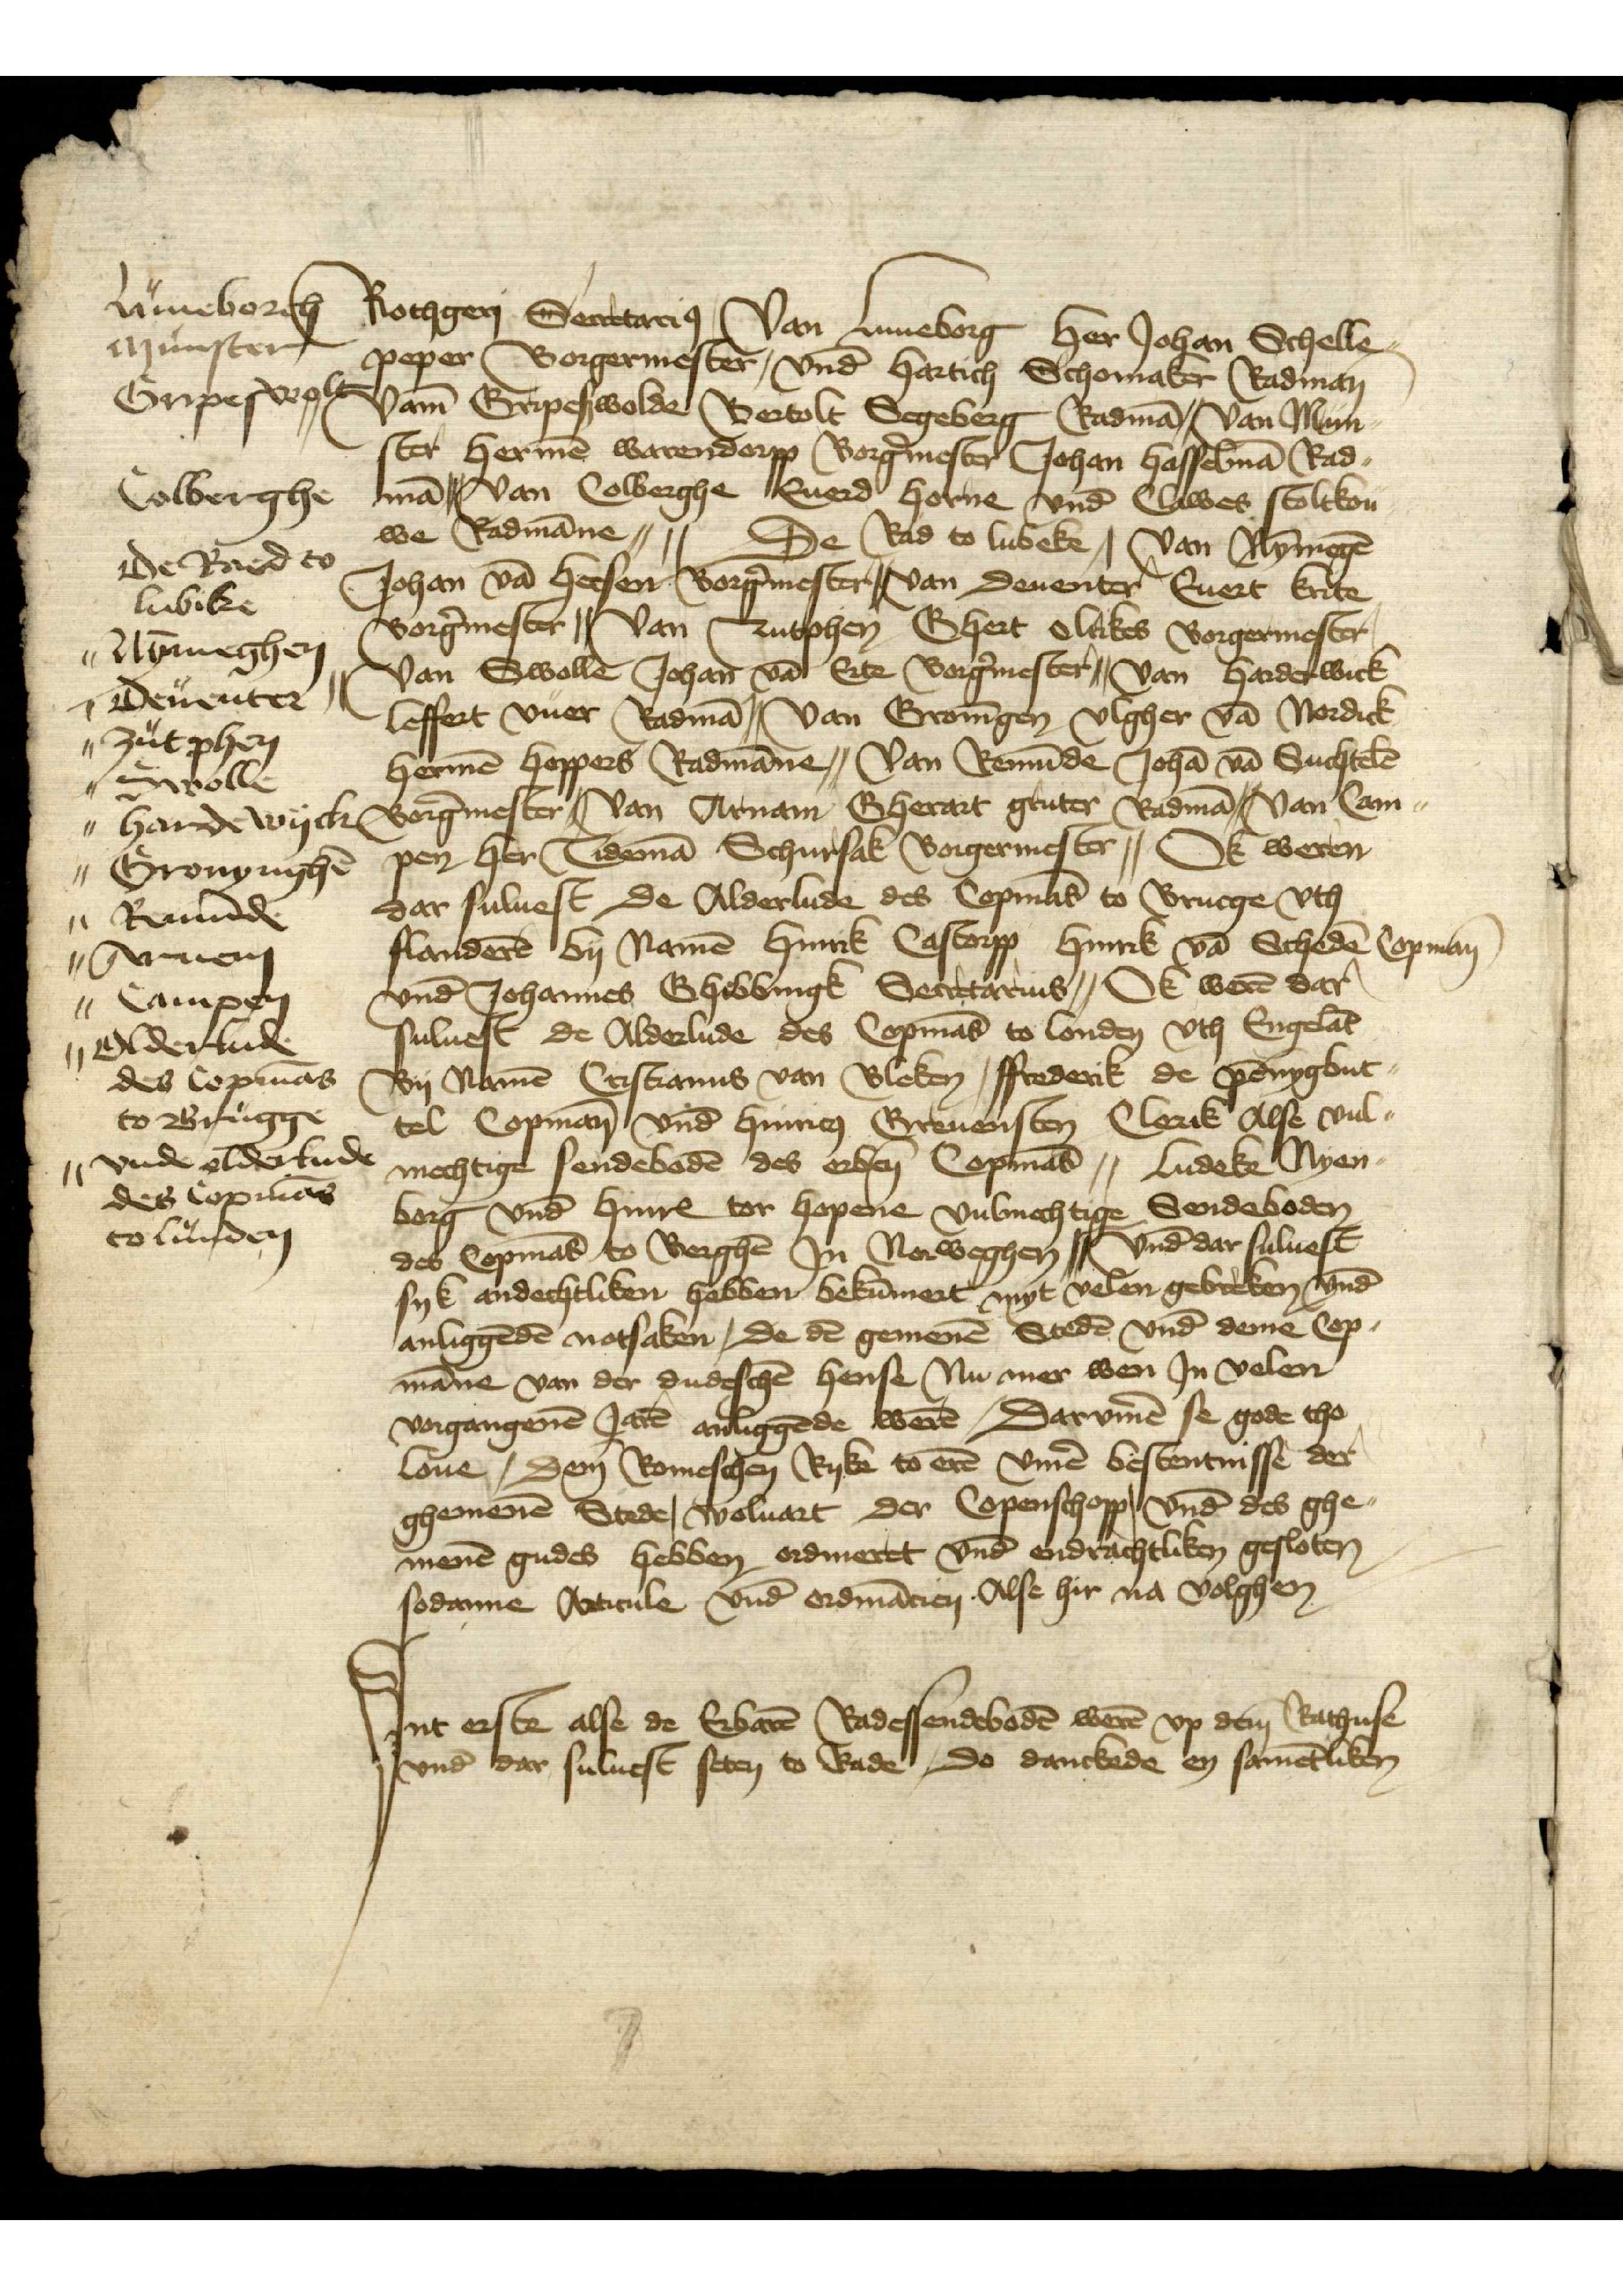
Luneborch
Munster
Gripeswolt
Colberghe
De Raed to
Lubeke
Nȳmeghen
Deuenter
Zutphen
Swolle
Hardewyck
Gronynghē
Remūde
Arnem
Campen
Olderlude
des Copmās
to Brugge
vnde olderlude
des Comās
to Lunden

Rothgerj Secretario̧, Van Luneborg her Johan Schelle¬
peper Borgermester, vnd̄ Hartich Schomaker Radman
Vam̄ Gripeszwolde Bertolt Segeberg Radmā,, Van Mun¬
ster Hermē Warendorpp Borg̉mester Johan Hasselmā Rad¬
mā,, Van Colberghe Euerd Horne vnd̄ Clawes Stoltkou¬
we Radmāne,, De Rad to Lubeke, Van Nȳmegē
Johan vā Heesen Borg̉mester,, van Deuenter Euert Krite
Borg̉mester,, Van Zutphen Ghert Olrikes Borgermester
Van Swolle Johan vā Erte Borg̉mester,, Van Harderwick
Leffert Vuer Radmā,, Van Gronīgen Vlgher vā Nordick
Hermē Hoppers Radmāne,, Van Remūde Johā vā Suchtelē
Borg̉mester,, Van Arnam Gherart Gruter Radmā,, Van Cam¬
pen Her Tidemā Schursak Borgermester,, Ok weren
dar suluest De Alderlude des Copmās to Brucge vth
Flanderē by Namē Hinrik Castorpp Hinrik vā Schedē Copman̄
vnd̄ Johannes Ghebbingk Secretarius,, Ok werē dar
suluest de Alderlude des Copmās to Londen vth Engelāt
By Namē Cristianus van Bleken, Ffrederik de Pēnȳgbut¬
tel Copman̄ vnd̄ Hinrico̧ Greuensten Clerik Alse vul¬
mechtige sendebodē des erbẻn Copmās,, Ludeke Nyen¬
borg vnd̄ HinrꝬ tor Hopene vulmachtige Sendeboden
des Copmās to Berghē Jn Norweghen,, Vnd̄ dar suluest
syk andechtliken habben bekūmert myt velen gebreken vnd̄
anliggēdē notsaken, De dē gemenē Stedē vnd̄ deme Cop¬
māne van der dudeschē hense Nu mer wen Jn velen
vorgangenē Jarē anliggēde werē, Darv̄me se gode tho
loue, Dem Romeschen Ryke to erē v̄me bestentnisse der
ghemenē Stede, woluart der Copenschopp, vnd̄ des ghe¬
menē gudes hebben ordineret vnd̄ endrachtliken gesloten
sodanne Articule vnd̄ ordinācien Alse hir na volghen

Jnt erste alse de Erbarē Radessendebodē werē vp dem Rathuse
vnd̄ dar suluest seten to Rade, Do danckede en samētliken